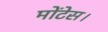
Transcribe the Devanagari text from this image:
मोंटेस।